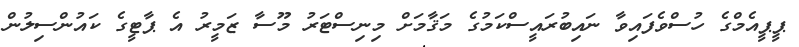
ޕީޕީއެމްގެ ހުސްވެފައިވާ ނައިބުރައީސްކަމުގެ މަޤާމަށް މިނިސްޓަރު މޫސާ ޒަމީރު އެ ޕާޓީގެ ކައުންސިލުން